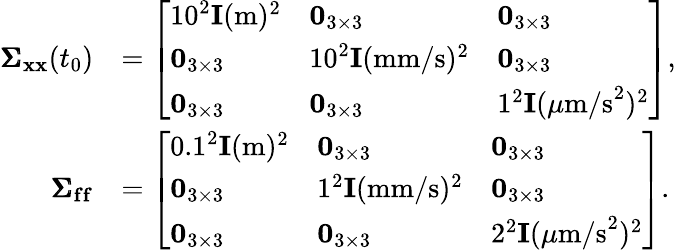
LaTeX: \begin{array}{rl}{\pmb{\Sigma}_{\mathbf{x}\mathbf{x}}(t_{0})}&{=\left[\begin{array}{lll}{10^{2}\mathbf{I}(\mathrm{m})^{2}}&{\mathbf{0}_{3\times 3}}&{\mathbf{0}_{3\times 3}}\\ {\mathbf{0}_{3\times 3}}&{10^{2}\mathbf{I}(\mathrm{mm/s})^{2}}&{\mathbf{0}_{3\times 3}}\\ {\mathbf{0}_{3\times 3}}&{\mathbf{0}_{3\times 3}}&{1^{2}\mathbf{I}(\mu\mathrm{m/s}^{2})^{2}}\end{array}\right],}\\ {\pmb{\Sigma}_{\mathbf{f}\mathbf{f}}}&{=\left[\begin{array}{lll}{0.1^{2}\mathbf{I}(\mathrm{m})^{2}}&{\mathbf{0}_{3\times 3}}&{\mathbf{0}_{3\times 3}}\\ {\mathbf{0}_{3\times 3}}&{1^{2}\mathbf{I}(\mathrm{mm/s})^{2}}&{\mathbf{0}_{3\times 3}}\\ {\mathbf{0}_{3\times 3}}&{\mathbf{0}_{3\times 3}}&{2^{2}\mathbf{I}(\mu\mathrm{m/s}^{2})^{2}}\end{array}\right].}\end{array}